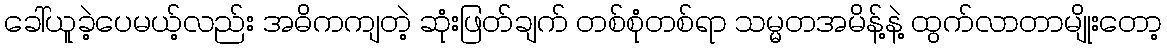
ခေါ်ယူခဲ့ပေမယ့်လည်း အဓိကကျတဲ့ ဆုံးဖြတ်ချက် တစ်စုံတစ်ရာ သမ္မတအမိန့်နဲ့ ထွက်လာတာမျိုးတော့